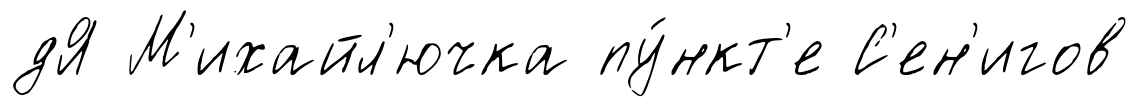
дЯ М'ихайл'ючка пу́нкт'е С'ен'игов